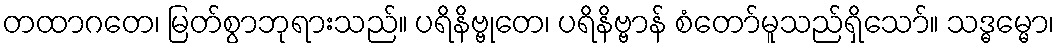
တထာဂတေ၊ မြတ်စွာဘုရားသည်။ ပရိနိဗ္ဗုတေ၊ ပရိနိဗ္ဗာန် စံတော်မူသည်ရှိသော်။ သဒ္ဓမ္မော၊